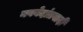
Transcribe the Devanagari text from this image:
नववेदांतवादी